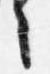
言